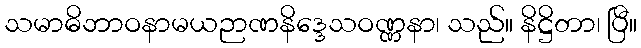
သမာဓိဘာဝနာမယဉာဏနိဒ္ဒေသဝဏ္ဏနာ၊ သည်။ နိဋ္ဌိတာ၊ ပြီ။